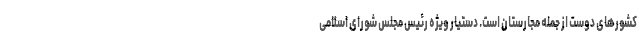
کشورهای دوست از جمله مجارستان است. دستیار ویژه رئیس مجلس شورای اسلامی